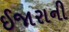
ઈજારાની